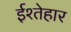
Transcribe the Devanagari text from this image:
ईश्तेहार